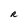
Character: R